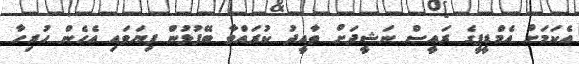
އެކަމަށް އެމްޑީޕީގެ ރައީސް ނަޝީދަށް ތާއީދު ކުރައްވާ ބޭފުޅުން ފިޔަވައި އެހެން ހުރިހާ